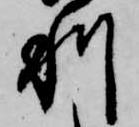
利